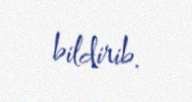
bildirib.